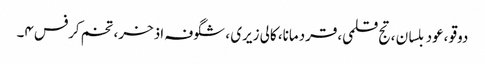
دوقو ،عود بلسان ،تج قلمی،قردمانا، کالی زیری ، شگوفہ اذخر، تخم کرفس ۴۔